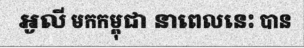
អូលី មកកម្ពុជា នាពេលនេះ បាន